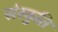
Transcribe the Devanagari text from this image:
संस्कुति